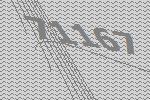
71167